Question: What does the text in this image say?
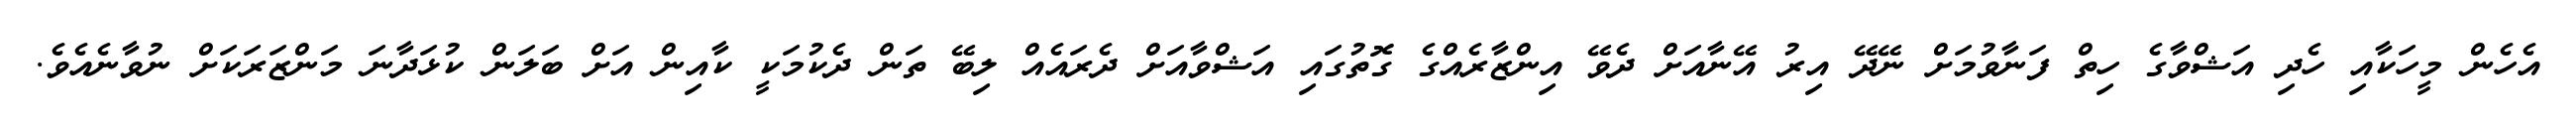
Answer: އެހެން މީހަކާއި ހެދި އަޝްވާގެ ހިތް ފަނާވުމަށް ނޭދޭ އިރު އޭނާއަށް ދެވޭ އިންޒާރެއްގެ ގޮތުގައި އަޝްވާއަށް ދެރައެއް ލިބޭ ތަން ދެކުމަކީ ކާއިން އަށް ބަލަން ކުޅަދާނަ މަންޒަރަކަށް ނުވާނެއެވެ.